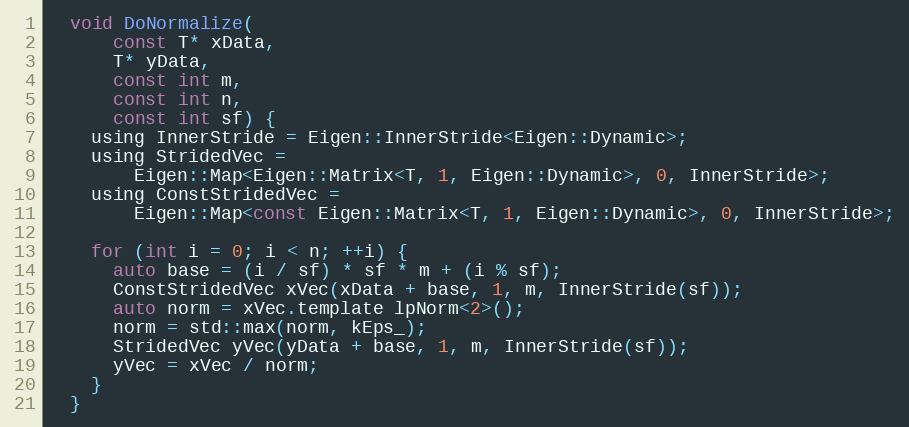
Language: C
  void DoNormalize(
      const T* xData,
      T* yData,
      const int m,
      const int n,
      const int sf) {
    using InnerStride = Eigen::InnerStride<Eigen::Dynamic>;
    using StridedVec =
        Eigen::Map<Eigen::Matrix<T, 1, Eigen::Dynamic>, 0, InnerStride>;
    using ConstStridedVec =
        Eigen::Map<const Eigen::Matrix<T, 1, Eigen::Dynamic>, 0, InnerStride>;

    for (int i = 0; i < n; ++i) {
      auto base = (i / sf) * sf * m + (i % sf);
      ConstStridedVec xVec(xData + base, 1, m, InnerStride(sf));
      auto norm = xVec.template lpNorm<2>();
      norm = std::max(norm, kEps_);
      StridedVec yVec(yData + base, 1, m, InnerStride(sf));
      yVec = xVec / norm;
    }
  }